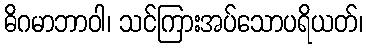
ဓိဂမာဘာဝါ၊ သင်ကြားအပ်သောပရိယတ်၊